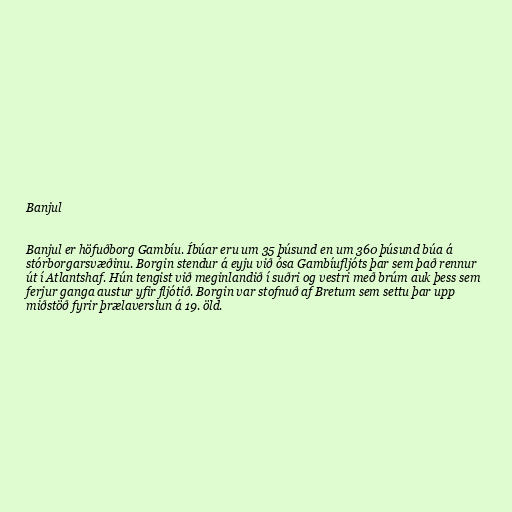
Banjul

Banjul er höfuðborg Gambíu. Íbúar eru um 35 þúsund en um 360 þúsund búa á
stórborgarsvæðinu. Borgin stendur á eyju við ósa Gambíufljóts þar sem það rennur
út í Atlantshaf. Hún tengist við meginlandið í suðri og vestri með brúm auk þess sem
ferjur ganga austur yfir fljótið. Borgin var stofnuð af Bretum sem settu þar upp
miðstöð fyrir þrælaverslun á 19. öld.